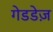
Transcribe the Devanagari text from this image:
गेडडेज़